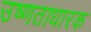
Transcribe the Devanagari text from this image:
उष्णताधारक